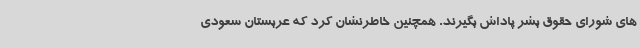
های شورای حقوق بشر پاداش بگیرند. همچنین خاطرنشان کرد که عربستان سعودی